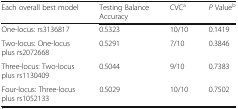
<table><thead><tr><td><b>Each overall best model</b></td><td><b>Testing Balance Accuracy</b></td><td><b>CVC<sup>a</sup></b></td><td><b><i>P</i> Value<sup>b</sup></b></td></tr></thead><tbody><tr><td>One-locus: rs3136817</td><td>0.5323</td><td>10/10</td><td>0.1419</td></tr><tr><td>Two-locus: One-locus plus rs2072668</td><td>0.5291</td><td>7/10</td><td>0.3846</td></tr><tr><td>Three-locus: Two-locus plus rs1130409</td><td>0.5044</td><td>9/10</td><td>0.7383</td></tr><tr><td>Four-locus: Three-locus plus rs1052133</td><td>0.5029</td><td>10/10</td><td>0.7502</td></tr></tbody></table>